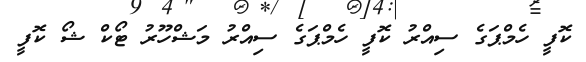
ކޮފީ ހެމްޕަގެ ސިއްރު ކޮފީ ހެމްޕަގެ ސިއްރު މަޝްހޫރު ޓޯކް ޝޯ ކޮފީ